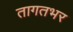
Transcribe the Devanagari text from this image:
तागतभर